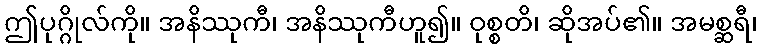
ဤပုဂ္ဂိုလ်ကို။ အနိဿုကီ၊ အနိဿုကီဟူ၍။ ဝုစ္စတိ၊ ဆိုအပ်၏။ အမစ္ဆရီ၊